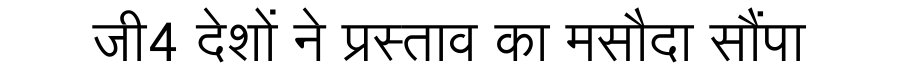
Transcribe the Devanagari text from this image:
जी4 देशों ने प्रस्ताव का मसौदा सौंपा